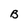
Character: B